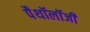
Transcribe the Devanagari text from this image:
पैथॉलॉजी